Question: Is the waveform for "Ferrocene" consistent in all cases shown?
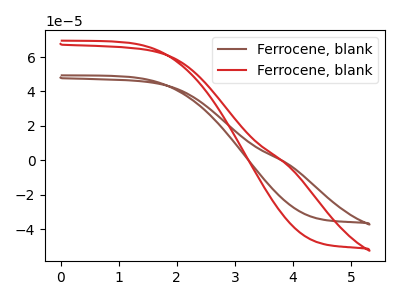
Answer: <think>The brown curve "Ferrocene, blank1" has no peaks. The red curve "Ferrocene, blank2" has no peaks.
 Neither "Ferrocene, blank1" or "Ferrocene, blank2" have any peaks.</think>
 <answer>All the CV's of "Ferrocene" have similar shape.</answer>
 <eval>follow_rule</eval>